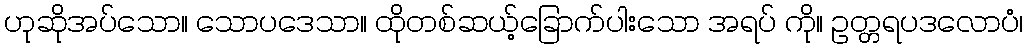
ဟုဆိုအပ်သော။ သောပဒေသာ။ ထိုတစ်ဆယ့်ခြောက်ပါးသော အရပ် ကို။ ဥတ္တရပဒလောပံ၊